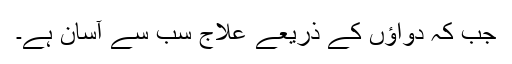
جب کہ دواؤں کے ذریعے علاج سب سے آسان ہے۔